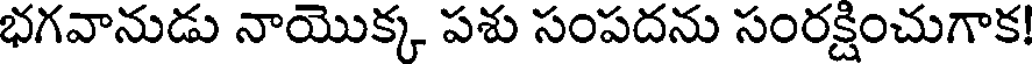
భగవానుడు నాయొక్క పశు సంపదను సంరక్షించుగాక!